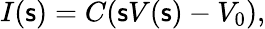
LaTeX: I(\mathsf{s})=C(\mathsf{s}V(\mathsf{s})-V_{0}),